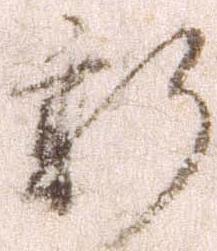
新